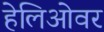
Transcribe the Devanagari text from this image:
हेलिओवर